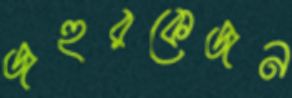
জহুরকেজন